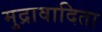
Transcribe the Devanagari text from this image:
मुद्रावादिता